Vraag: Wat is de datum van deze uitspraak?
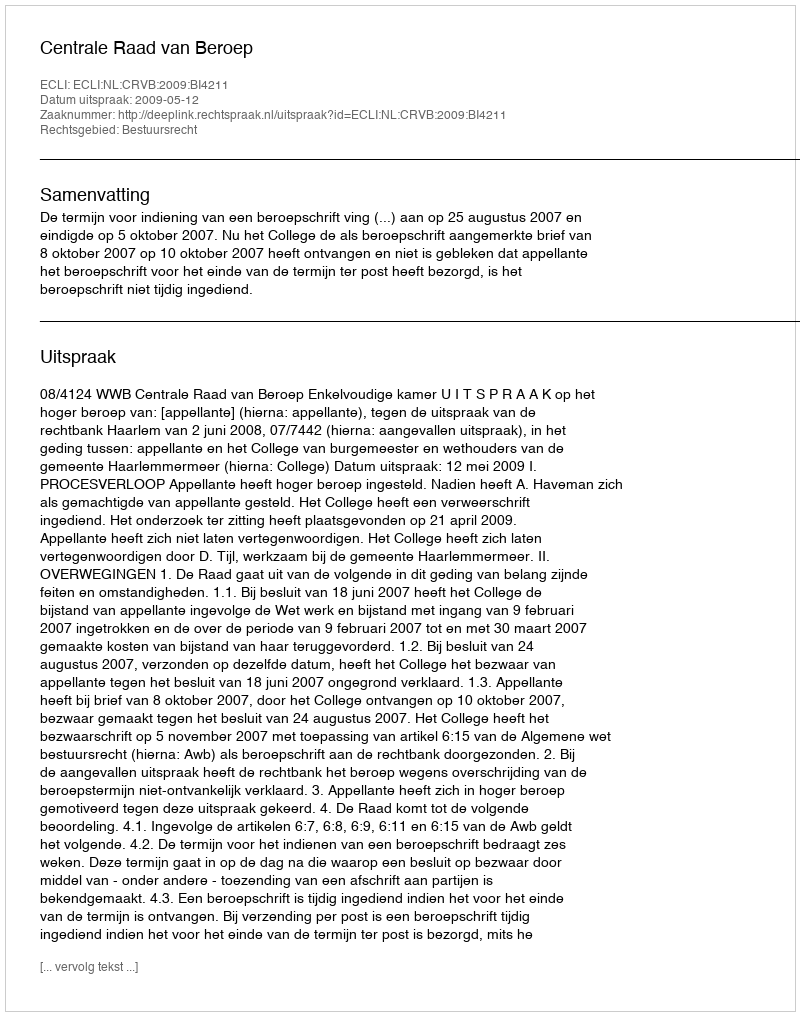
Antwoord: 2009-05-12